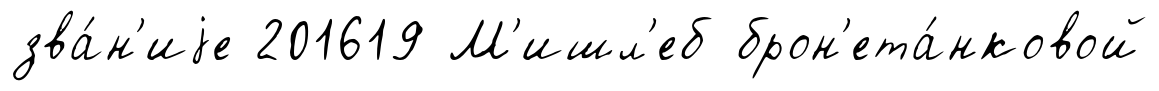
зва́н'иjе 201619 М'ишл'еб брон'ета́нковой